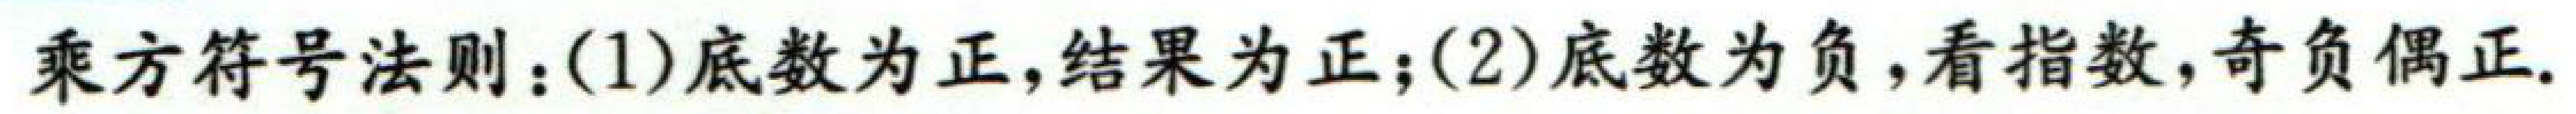
乘方符号法则：(1)底数为正,结果为正；(2)底数为负，看指数,奇负偶正.